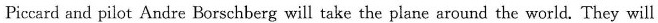
Piccard and pilot Andre Borschberg will take the plane around the world. They will